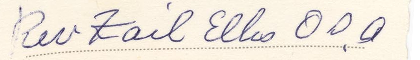
Rev Tail Ellis 000